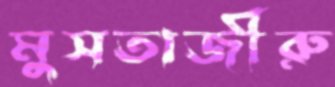
মুসতাজীরু